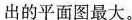
出的平面图最大。